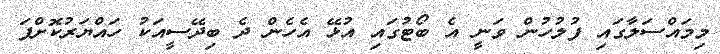
މިމައްސަލާގައި ފުލުހުން ވަނީ އެ ބޯޓުގައި އުޅޭ އެހެން ދެ ބިދޭސީއަކު ހައްޔަރުކޮށްފަ